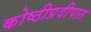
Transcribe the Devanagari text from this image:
कोष्ठीप्रदीपात